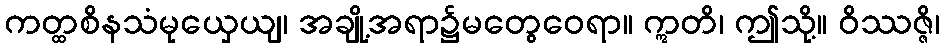
ကတ္ထစိနသံမုယှေယျ၊ အချို့အရာ၌မတွေဝေရာ။ ဣတိ၊ ဤသို့။ ဝိဿဇ္ဇိ၊